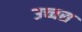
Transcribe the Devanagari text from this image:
उच्चस